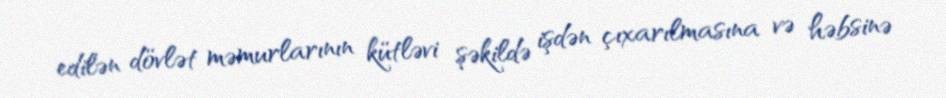
edilən dövlət məmurlarının kütləvi şəkildə işdən çıxarılmasına və həbsinə